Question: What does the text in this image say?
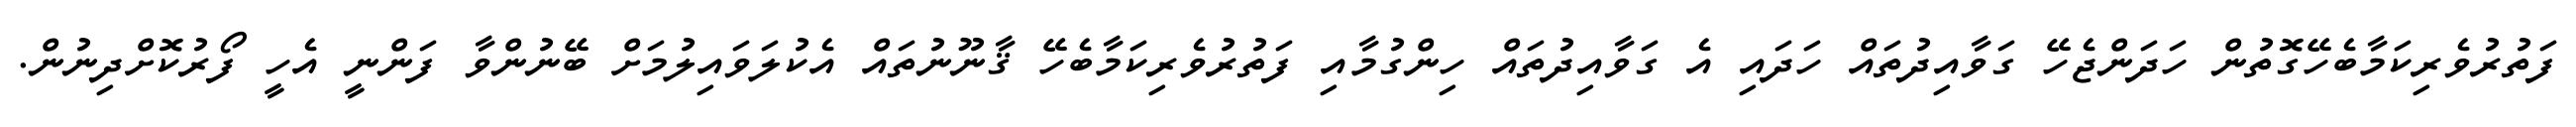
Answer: ފަތުރުވެރިކަމާބެހޭގޮތުން ހަދަންޖެހޭ ގަވާއިދުތައް ހަދައި އެ ގަވާއިދުތައް ހިންގުމާއި ފަތުރުވެރިކަމާބެހޭ ޤާނޫނުތައް އެކުލަވައިލުމަށް ބޭނުންވާ ފަންނީ އެހީ ފޯރުކޮށްދިނުން.